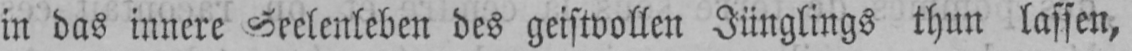
in das innere Seelenleben des geistvollen Jünglings thun lassen,